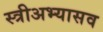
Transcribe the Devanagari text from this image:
स्त्रीअभ्यासव